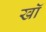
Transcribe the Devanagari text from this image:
खॉं